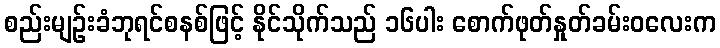
စည်းမျဉ်းခံဘုရင်စနစ်ဖြင့် နိုင်သိုက်သည် ၁၆ပါး စောက်ဖုတ်နှုတ်ခမ်းဝလေးက